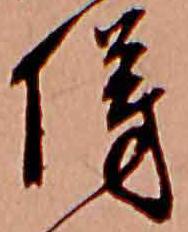
傍